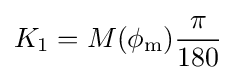
K_{1}=M(\phi _{\mathrm {m} }){\frac {\pi }{180}}\,\!